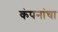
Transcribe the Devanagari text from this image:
कंपनांचा